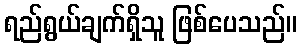
ရည်ရွယ်ချက်ရှိသူ ဖြစ်ပေသည်။